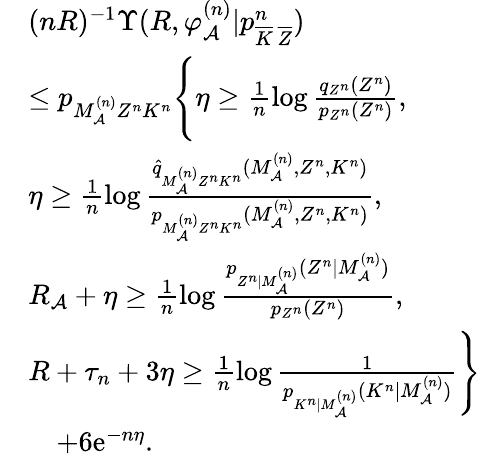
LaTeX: \begin{array}{rl}&{(nR)^{-1}\Upsilon(R,\varphi_{\cal A}^{(n)}|p_{\overline{{K}}\, \overline{{Z}}}^{n})}\\ &{\leq p_{M_{\cal A}^{(n)}Z^{n}K^{n}}\Biggl\{ \eta\geq\frac{1}{n}\log\textstyle\frac{q_{{Z}^{n}}(Z^{n})}{p_{Z^{n}}(Z^{n})},}\\ &{\eta\geq\frac{1}{n}\log\textstyle\frac{\hat{q}_{M_{\cal A}^{(n)}Z^{n}K^{n}}(M_{\cal A}^{(n)},Z^{n},K^{n})}{p_{M_{\cal A}^{(n)}Z^{n}K^{n}}(M_{\cal A}^{(n)},Z^{n},K^{n})},}\\ &{R_{\cal A}+\eta\geq\frac{1}{n}\log\textstyle\frac{p_{Z^{n}|M_{\cal A}^{(n)}}(Z^{n}|M_{\cal A}^{(n)})}{p_{Z^{n}}(Z^{n})},}\\ &{R+\tau_{n}+3\eta\geq\frac{1}{n}\log\textstyle\frac{1}{p_{K^{n}|M_{\cal A}^{(n)}}(K^{n}|M_{\cal A}^{(n)})}\Biggr\} }\\ &{\quad+6\mathrm{e}^{-n\eta}.}\end{array}